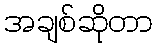
အချစ်ဆိုတာ